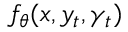
f _ { \theta } ( x , y _ { t } , \gamma _ { t } )